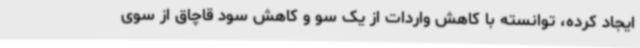
ایجاد‌ کرده، توانسته با کاهش واردات از یک سو و کاهش سود قاچاق از سوی